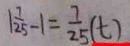
\vert \frac { 1 } { 2 5 } - 1 = \frac { 1 } { 2 5 } ( t )